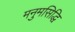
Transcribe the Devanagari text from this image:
मनुमसिद्धि